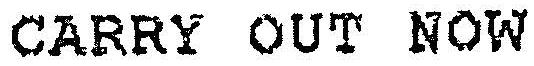
CARRY OUT NOW